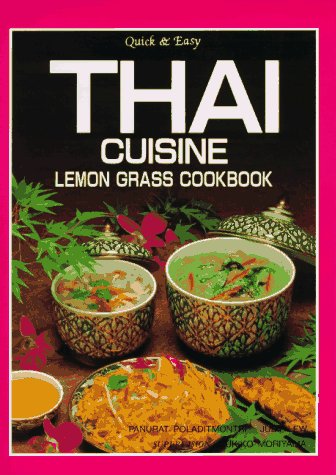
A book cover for Quick & Easy Thai Cuisine Lemon Grass Cookbook; Panurat Poladitmontri; Cookbooks, Food & Wine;